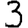
Digit: 3